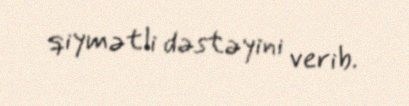
qiymətli dəstəyini verib.